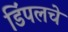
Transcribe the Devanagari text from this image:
डिंपलचे